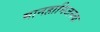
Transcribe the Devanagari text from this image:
मानहानिजनक